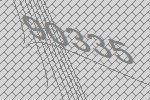
90335